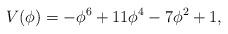
LaTeX: \begin{align*}V(\phi)=-\phi^6+11\phi^4-7\phi^2+1,\end{align*}